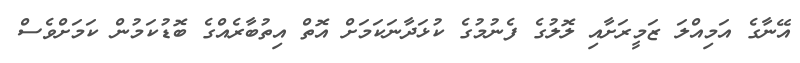
އޭނާގެ އަމިއްލަ ޒަމީރަށާއި ލޮލުގެ ފެނުމުގެ ކުޅަދާނަކަމަށް އޮތް އިތުބާރެއްގެ ބޮޑުކަމުން ކަމަށްވެސް